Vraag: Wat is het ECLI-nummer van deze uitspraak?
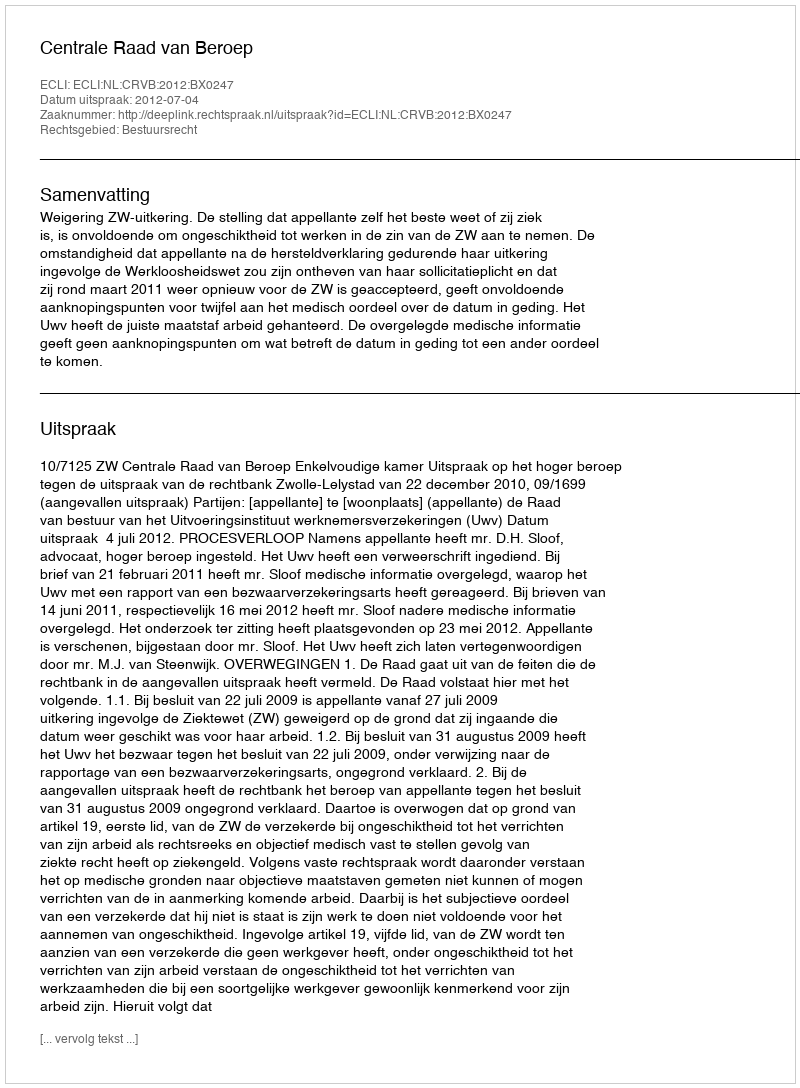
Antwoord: ECLI:NL:CRVB:2012:BX0247